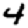
Digit: 4